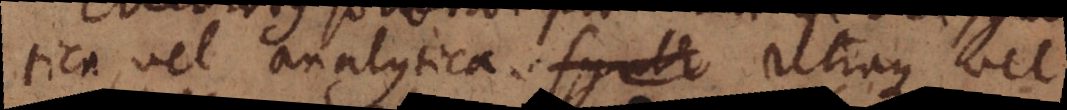
tica, vel analytica. synth Utraque vel